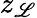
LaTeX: z_{\mathscr{L}}